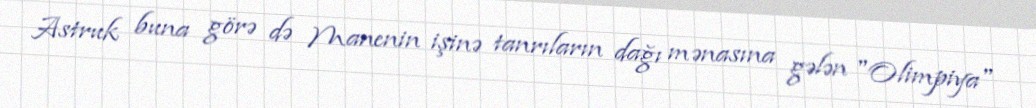
Astruk buna görə də Manenin işinə tanrıların dağı mənasına gələn "Olimpiya"